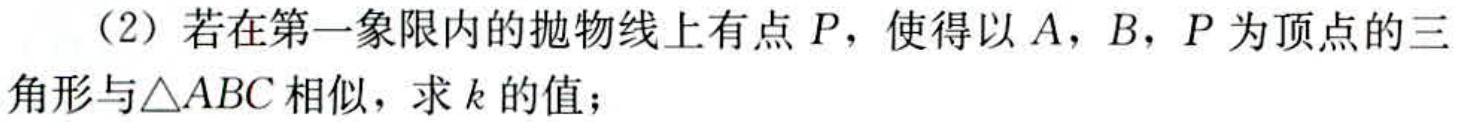
（2）若在第一象限内的抛物线上有点\(P\)，使得以\(A\)，\(B\)，\(P\)为顶点的三角形与\(\triangle ABC\)相似，求\(k\)的值；